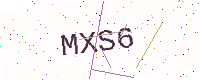
Text: MXS6